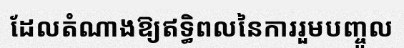
ដែលតំណាងឱ្យឥទ្ធិពលនៃការរួមបញ្ចូល